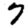
Digit: 7